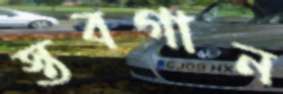
স্তবগান